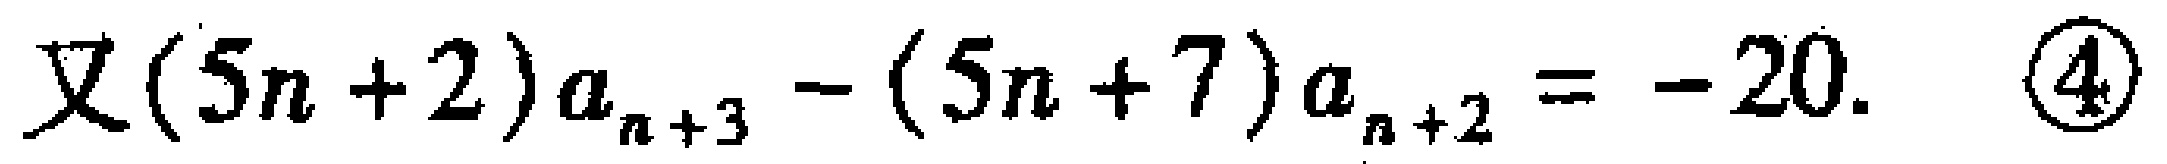
又\((5n + 2)a_{n + 3} - (5n + 7)a_{n + 2} = - 20.\ \ \textcircled{4}\)